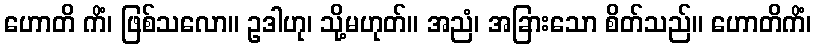
ဟောတိ ကိံ၊ ဖြစ်သလော။ ဥဒါဟု၊ သို့မဟုတ်။ အညံ၊ အခြားသော စိတ်သည်။ ဟောတိကိံ၊